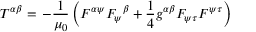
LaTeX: T ^ { \alpha \beta } = \, - { \frac { 1 } { \mu _ { 0 } } } \left( { F ^ { \alpha } } ^ { \psi } { F _ { \psi } } ^ { \beta } + { \frac { 1 } { 4 } } g ^ { \alpha \beta } F _ { \psi \tau } F ^ { \psi \tau } \right)